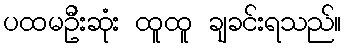
ပထမဦးဆုံး ထူထူ ချခင်းရသည်။